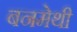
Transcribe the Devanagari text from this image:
बनमेथी